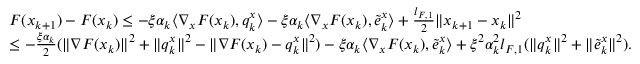
\begin{array} { r l } & { F ( x _ { k + 1 } ) - F ( x _ { k } ) \le - \xi \alpha _ { k } \langle \nabla _ { x } F ( x _ { k } ) , q _ { k } ^ { x } \rangle - \xi \alpha _ { k } \langle \nabla _ { x } F ( x _ { k } ) , \tilde { e } _ { k } ^ { x } \rangle + \frac { l _ { F , 1 } } { 2 } \| x _ { k + 1 } - x _ { k } \| ^ { 2 } } \\ & { \le - \frac { \xi \alpha _ { k } } { 2 } ( \| \nabla F ( x _ { k } ) \| ^ { 2 } + \| q _ { k } ^ { x } \| ^ { 2 } - \| \nabla F ( x _ { k } ) - q _ { k } ^ { x } \| ^ { 2 } ) - \xi \alpha _ { k } \langle \nabla _ { x } F ( x _ { k } ) , \tilde { e } _ { k } ^ { x } \rangle + \xi ^ { 2 } \alpha _ { k } ^ { 2 } l _ { F , 1 } ( \| q _ { k } ^ { x } \| ^ { 2 } + \| \tilde { e } _ { k } ^ { x } \| ^ { 2 } ) . } \end{array}